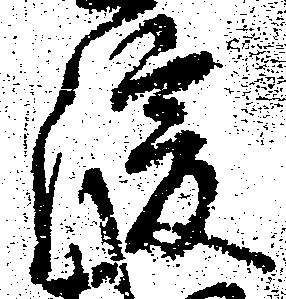
緩